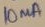
Text: 10mA